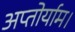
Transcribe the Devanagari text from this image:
अप्तोर्याम।